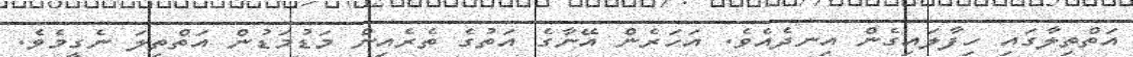
އަތްތިލާގައި ހިފާލައިގެން އިނދެއެވެ. އަހަރެން އޭނާގެ އަތުގެ ތެރެއިން މަޑުމަޑުން އަތްތިލަ ނެގީމެވެ.